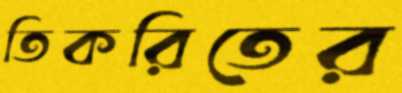
তিকরিতের